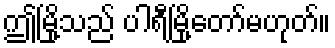
ဤမြို့သည် ပါရီမြို့တော်မဟုတ်။